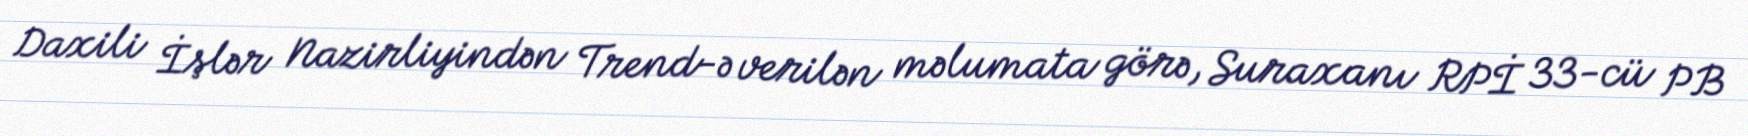
Daxili İşlər Nazirliyindən Trend-ə verilən məlumata görə, Suraxanı RPİ 33-cü PB